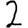
Digit: 2